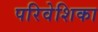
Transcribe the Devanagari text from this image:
परिवेशिका